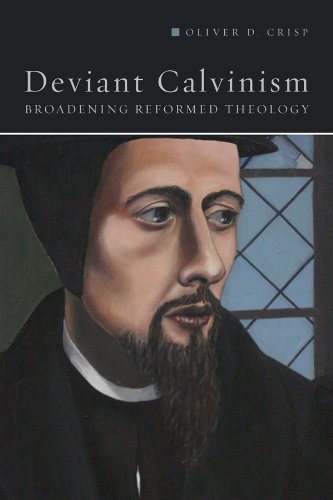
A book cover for Deviant Calvinism: Broadening Reformed Theology; Oliver D. Crisp; Christian Books & Bibles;